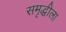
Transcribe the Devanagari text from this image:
समृद्धीला